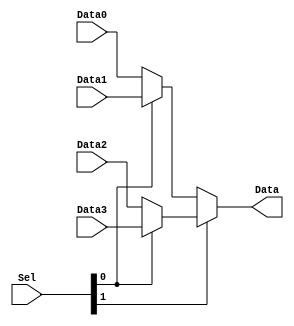
module Mux4_1(
input [31:0] Data0,Data1,Data2,Data3,
input [1:0] Sel,
output [31:0]Data
);
assign Data = (Sel[1] == 1'b0)?((Sel[0] == 1'b0)?(Data0):(Data1)):((Sel[0] == 1'b0)?(Data2):(Data3));
endmodule